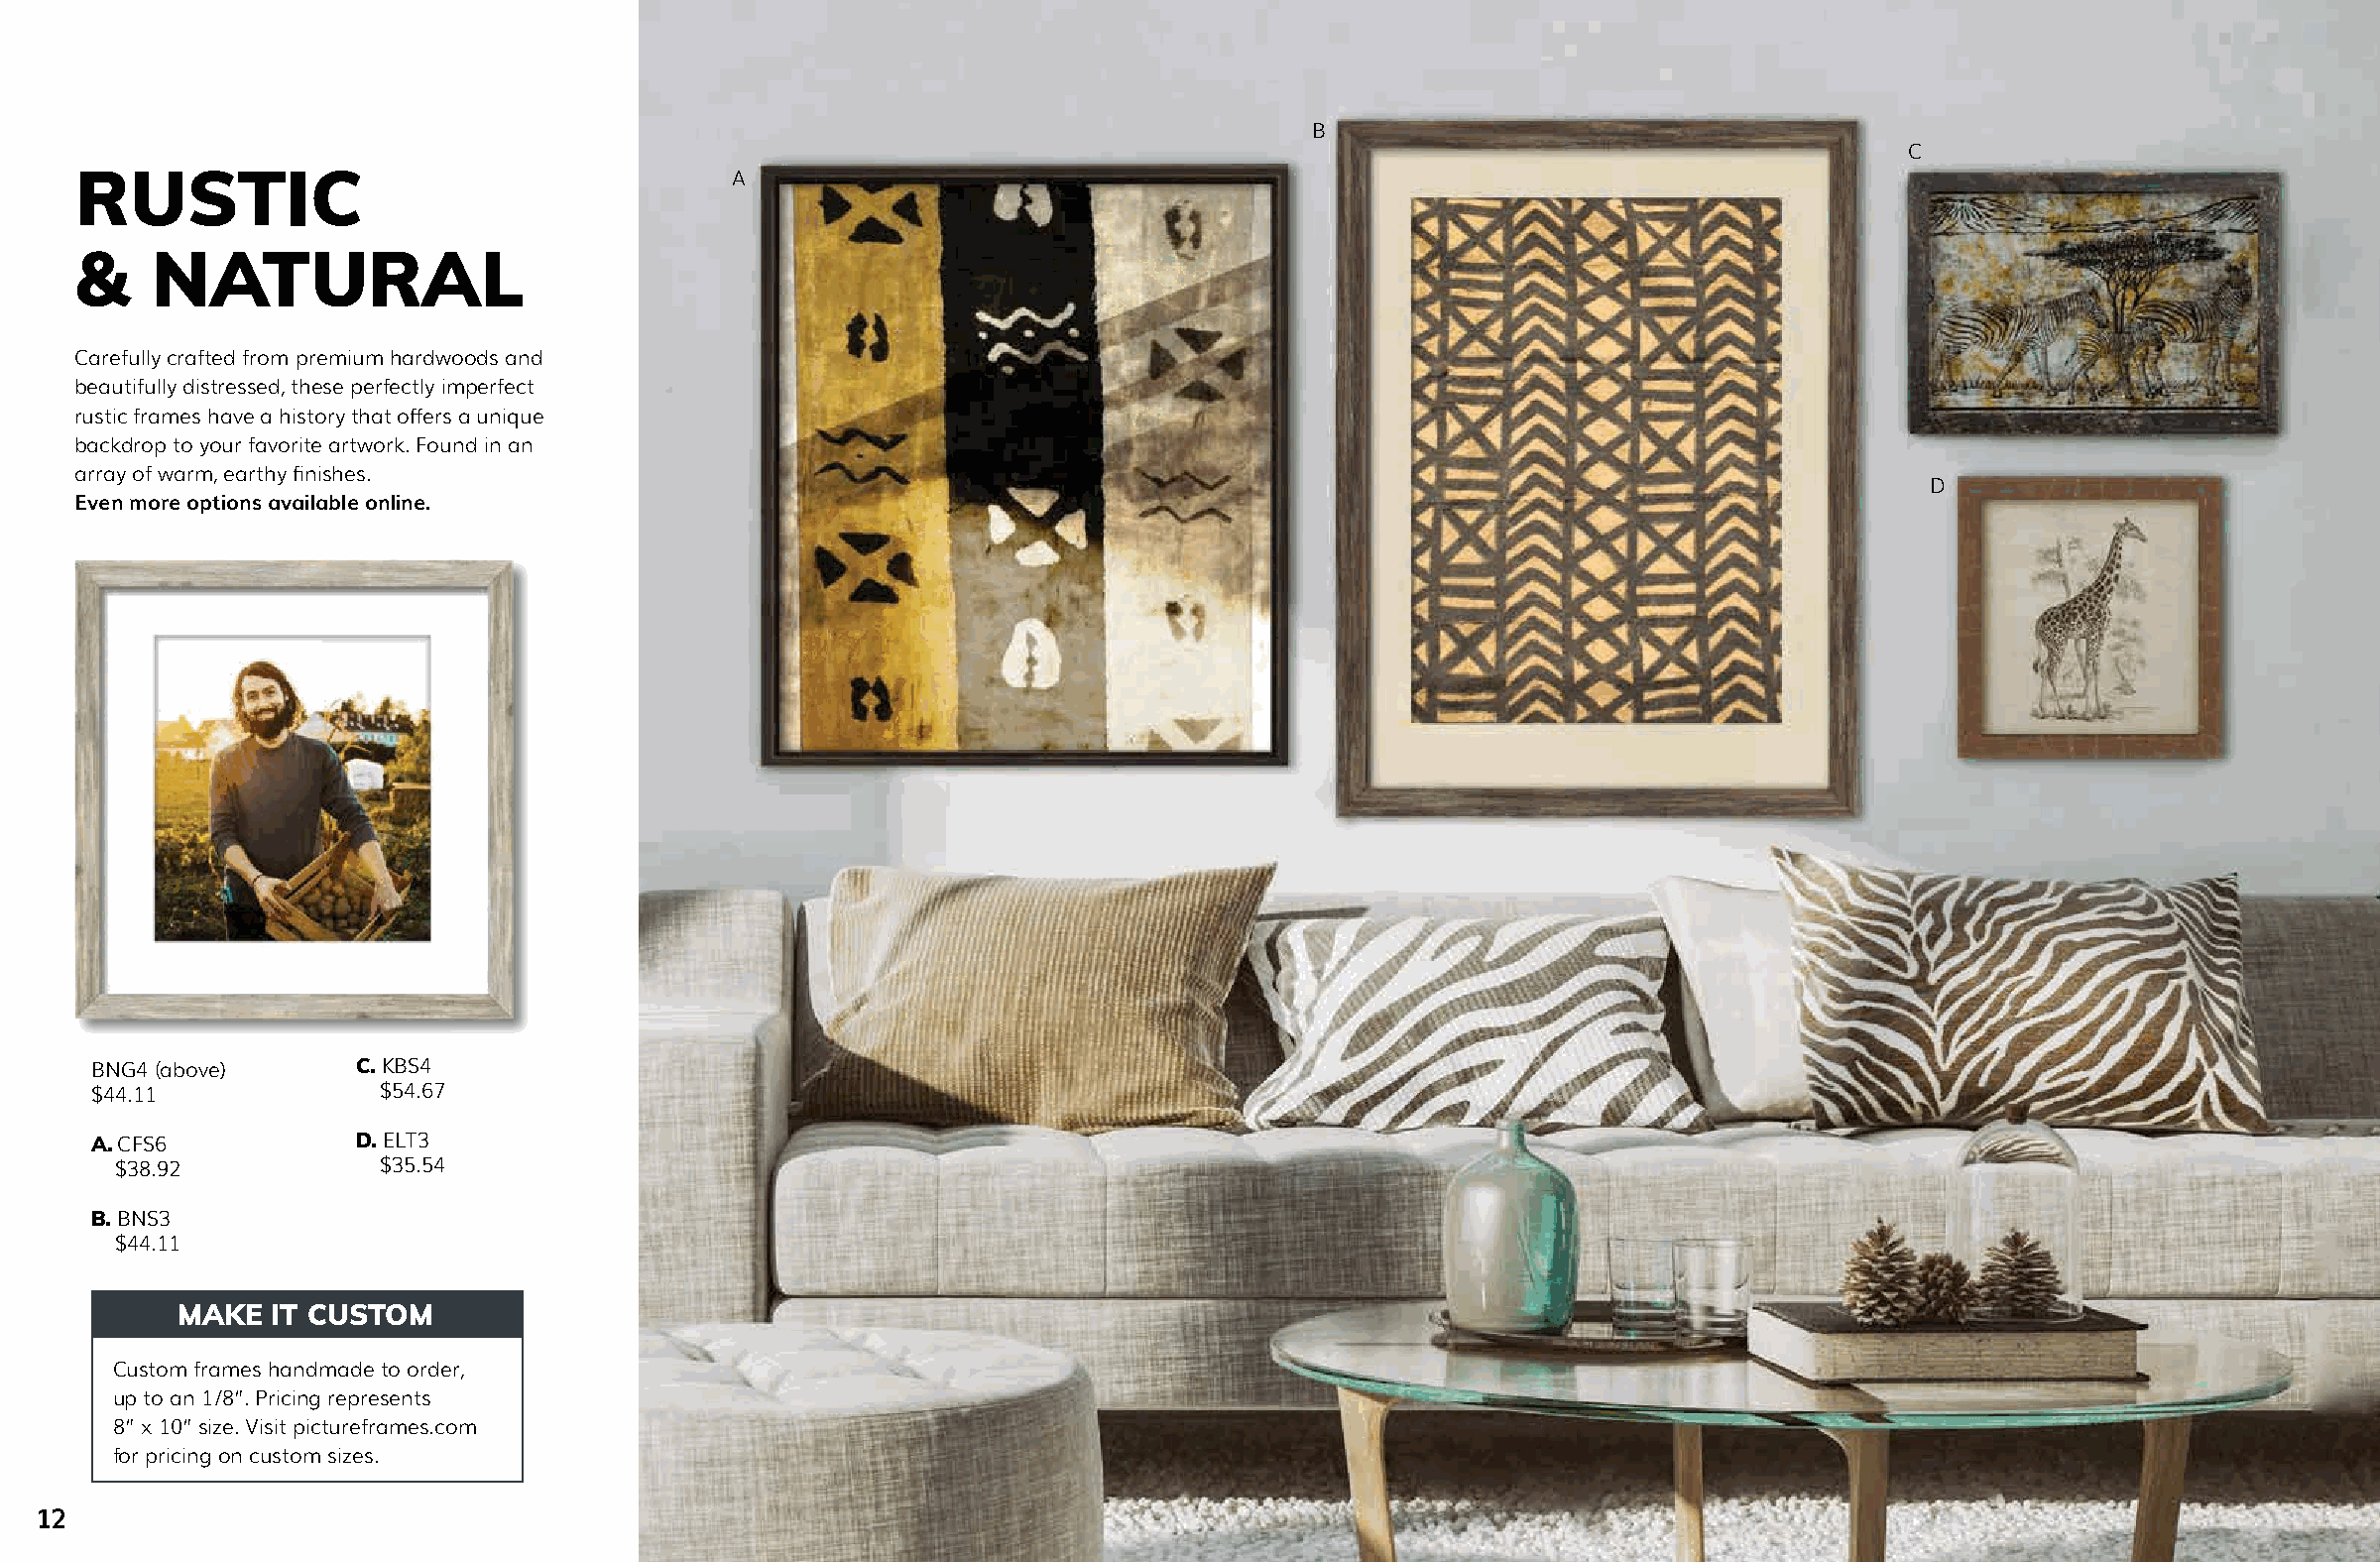
B
 C
 RUSTIC                                      A
 &    NATURAL
 Carefully crafted from premium hardwoods and
 beautifully distressed, these perfectly imperfect
 rustic frames have a history that offers a unique
 backdrop to your favorite artwork. Found in an
 array of warm, earthy finishes.
 D
 Even more options available online.
 BNG4 (above)      C. KBS4
 $44.11             $54.67
 A. CFS6           D. ELT3
 $38.92           $35.54
 B. BNS3
 $44.11
 MAKE  IT CUSTOM
 Custom frames handmade to order,
 up to an 1/8”. Pricing represents
 8” x 10” size. Visit pictureframes.com
 for pricing on custom sizes.
 12                                                                                                      pictureframes.com | 800-221-0262                 13